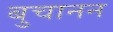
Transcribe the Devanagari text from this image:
बुचानन